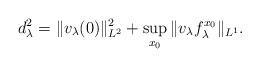
LaTeX: \begin{align*}d_\lambda^2 = \| v_\lambda(0)\|_{L^2}^2 + \sup_{x_0} \| v_\lambda f_\lambda^{x_0} \|_{L^1}.\end{align*}